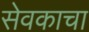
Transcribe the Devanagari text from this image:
सेवकाचा